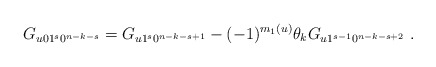
\begin{align*}G_{u01^s0^{n-k-s}} = G_{u1^s0^{n-k-s+1}} - (-1)^{m_1(u)} \theta_k G_{u1^{s-1}0^{n-k-s+2}}~.\end{align*}